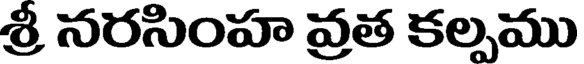
శ్రీ నరసింహ వ్రత కల్పము